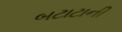
બટાટાની